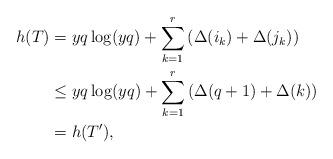
LaTeX: \begin{align*} h(T)&=yq \log(yq) + \sum_{k=1}^{r} \left( \Delta(i_k) + \Delta(j_k) \right)\\ &\le yq \log(yq) + \sum_{k=1}^{r} \left( \Delta(q+1)+\Delta(k) \right)\\ &= h(T'), \end{align*}